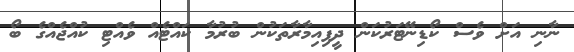
ނާނި އަށް ވެސް ކޯޑިނޭޓަރުކަން ދީފިއިމާރާތަކުން ބުރުމާ ކައްޓެއް ވެއްޓި ކުއްޖެއްގެ ބޯ